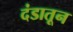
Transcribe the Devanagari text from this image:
दंडातून